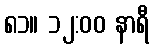
၈၁။ ၁၂:၀၀ နာရီ